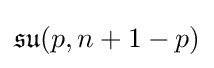
{\mathfrak {su}}(p,n+1-p)